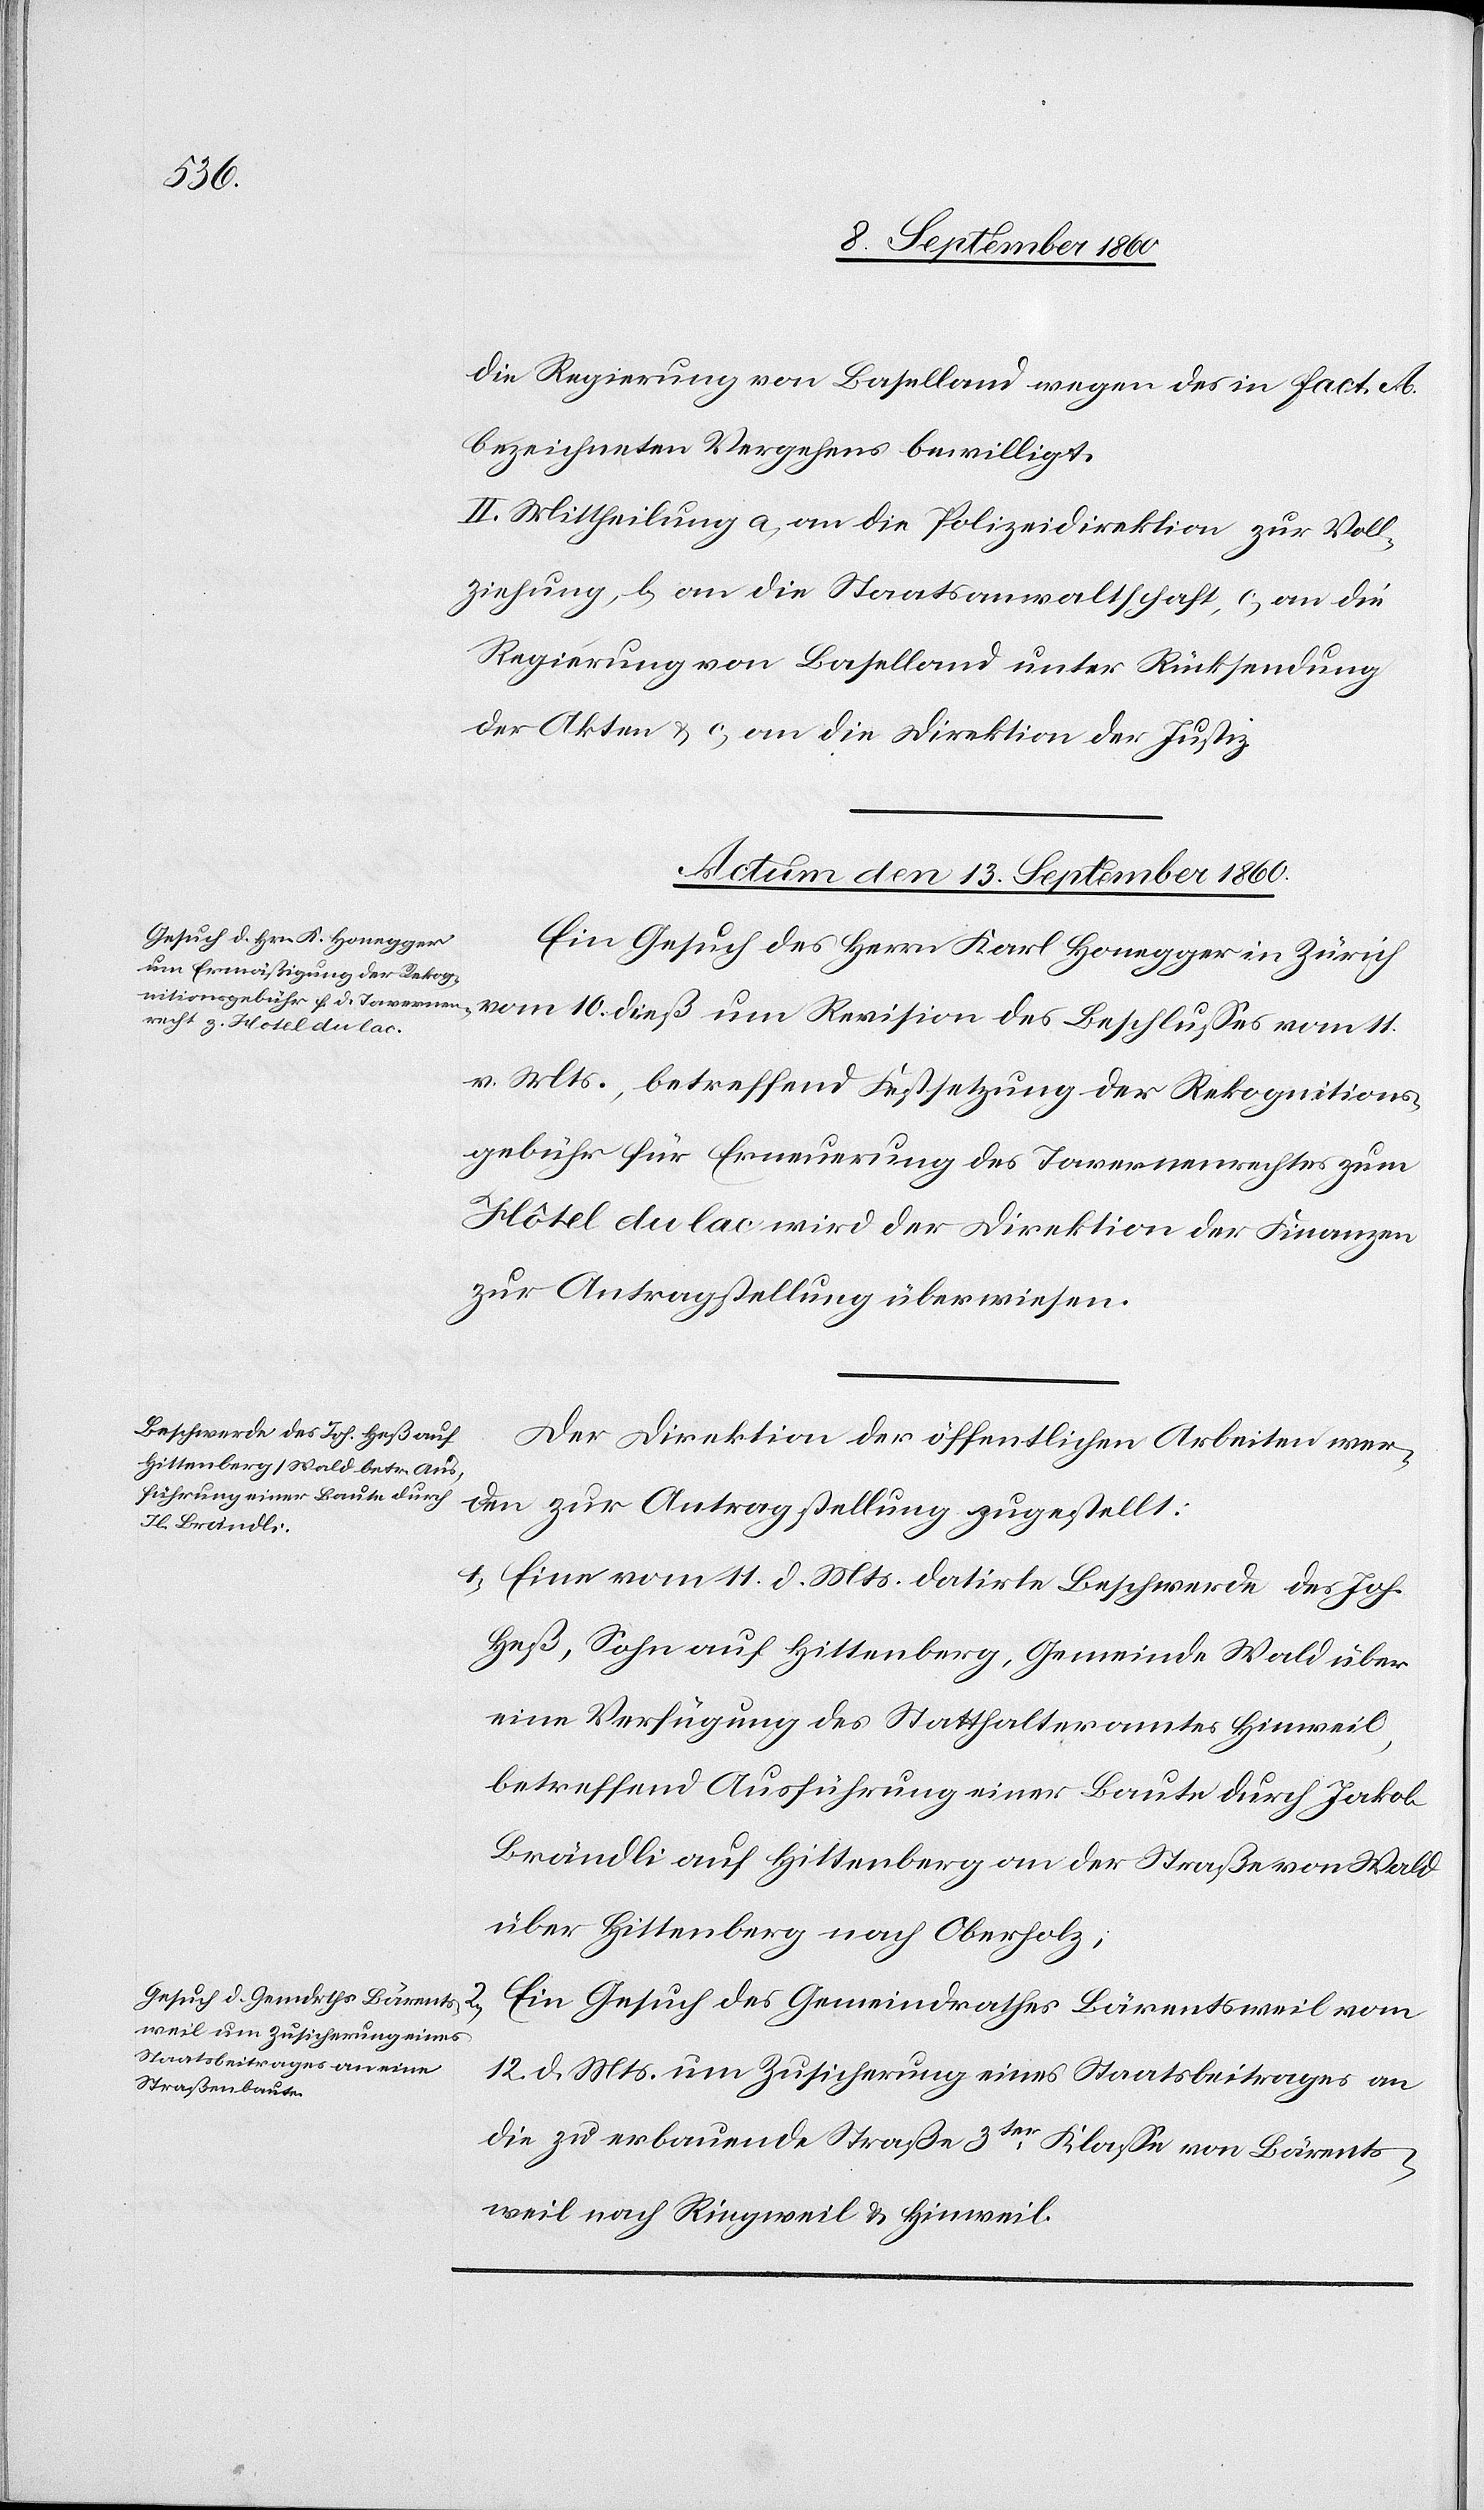
die Regierung von Baselland wegen des in Fact. A.
bezeichneten Vergehens bewilligt.
II. Mittheilung a) an die Polizeidirektion zur Voll¬
ziehung, b) an die Staatsanwaltschaft, c) an die
Regierung von Baselland unter Rücksendung
der Akten, e) an die Direktion der Justiz.
Actum den 13. September 1860.]
Ein Gesuch des Herrn Karl Honegger in Zürich,
vom 10. d. Mts. um Revision des Beschlusses vom 11.
v. Mts. betreffend Festsetzung der Rekognitions¬
gebühr für Erneuerung des Tavernenrechtes zum
Hôtel du lac wird der Direktion der Finanzen
zu Antragstellung überwiesen.
Der Direktion der öffentlichen Arbeiten wer¬
den zur Antragstellung zugestellt:
1) Eine vom 11. d. Mts. datirte Beschwerde des Johs.
Hess, Sohn auf Hittenberg, Gemeinde Wald über
eine Verfügung des Statthalteramtes Hinweil
betreffend Ausführung einer Baute durch Jakob
Brändli auf Hittenberg an der Strasse von Wald
über Hittenberg nach Oberholz;
ein Gesuch des Gemeindrathes Bärentsweil vom
12. d. Mts. um Zusicherung eines Staatsbeitrages an
die zu erbauende Strasse 3tr Classe von Bärents¬
weil nach Ringweil u. Hinweil.